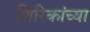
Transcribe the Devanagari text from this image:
शिरिकांच्या